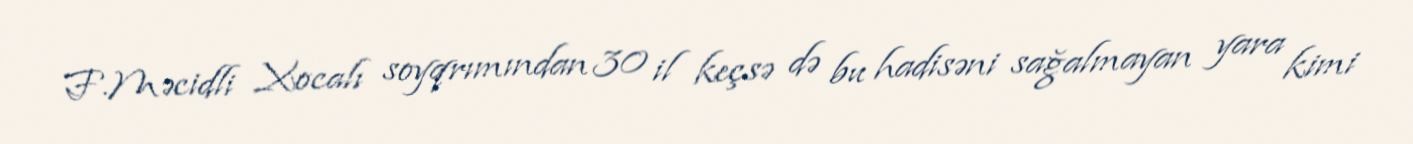
F.Məcidli Xocalı soyqrımından 30 il keçsə də bu hadisəni sağalmayan yara kimi